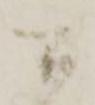
間